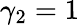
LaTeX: \gamma_{2}=1